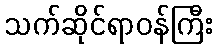
သက်ဆိုင်ရာဝန်ကြီး